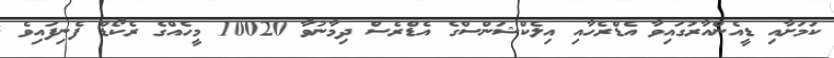
ކަމަށާއި ޑީއެންއާރުގައިވާ އެޑްރެހާއި އިލެކްޝަންސްގެ އެޑްރެސް ދިމާނުވާ 10020 މީހެއްގެ ރެކޯޑް ފެނިފައިވެ